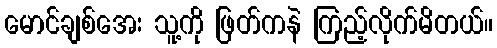
မောင်ချစ်အေး သူ့ကို ဖြတ်ကနဲ ကြည့်လိုက်မိတယ်။